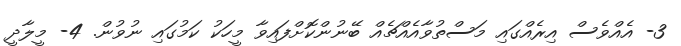
3- އެއްވެސް އިރެއްގައި މަސްތުވާއެއްޗެއް ބޭނުންކޮށްފައިވާ މީހަކު ކަމުގައި ނުވުން. 4- މީލާދީ